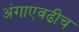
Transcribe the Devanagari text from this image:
अंगाएवढीच